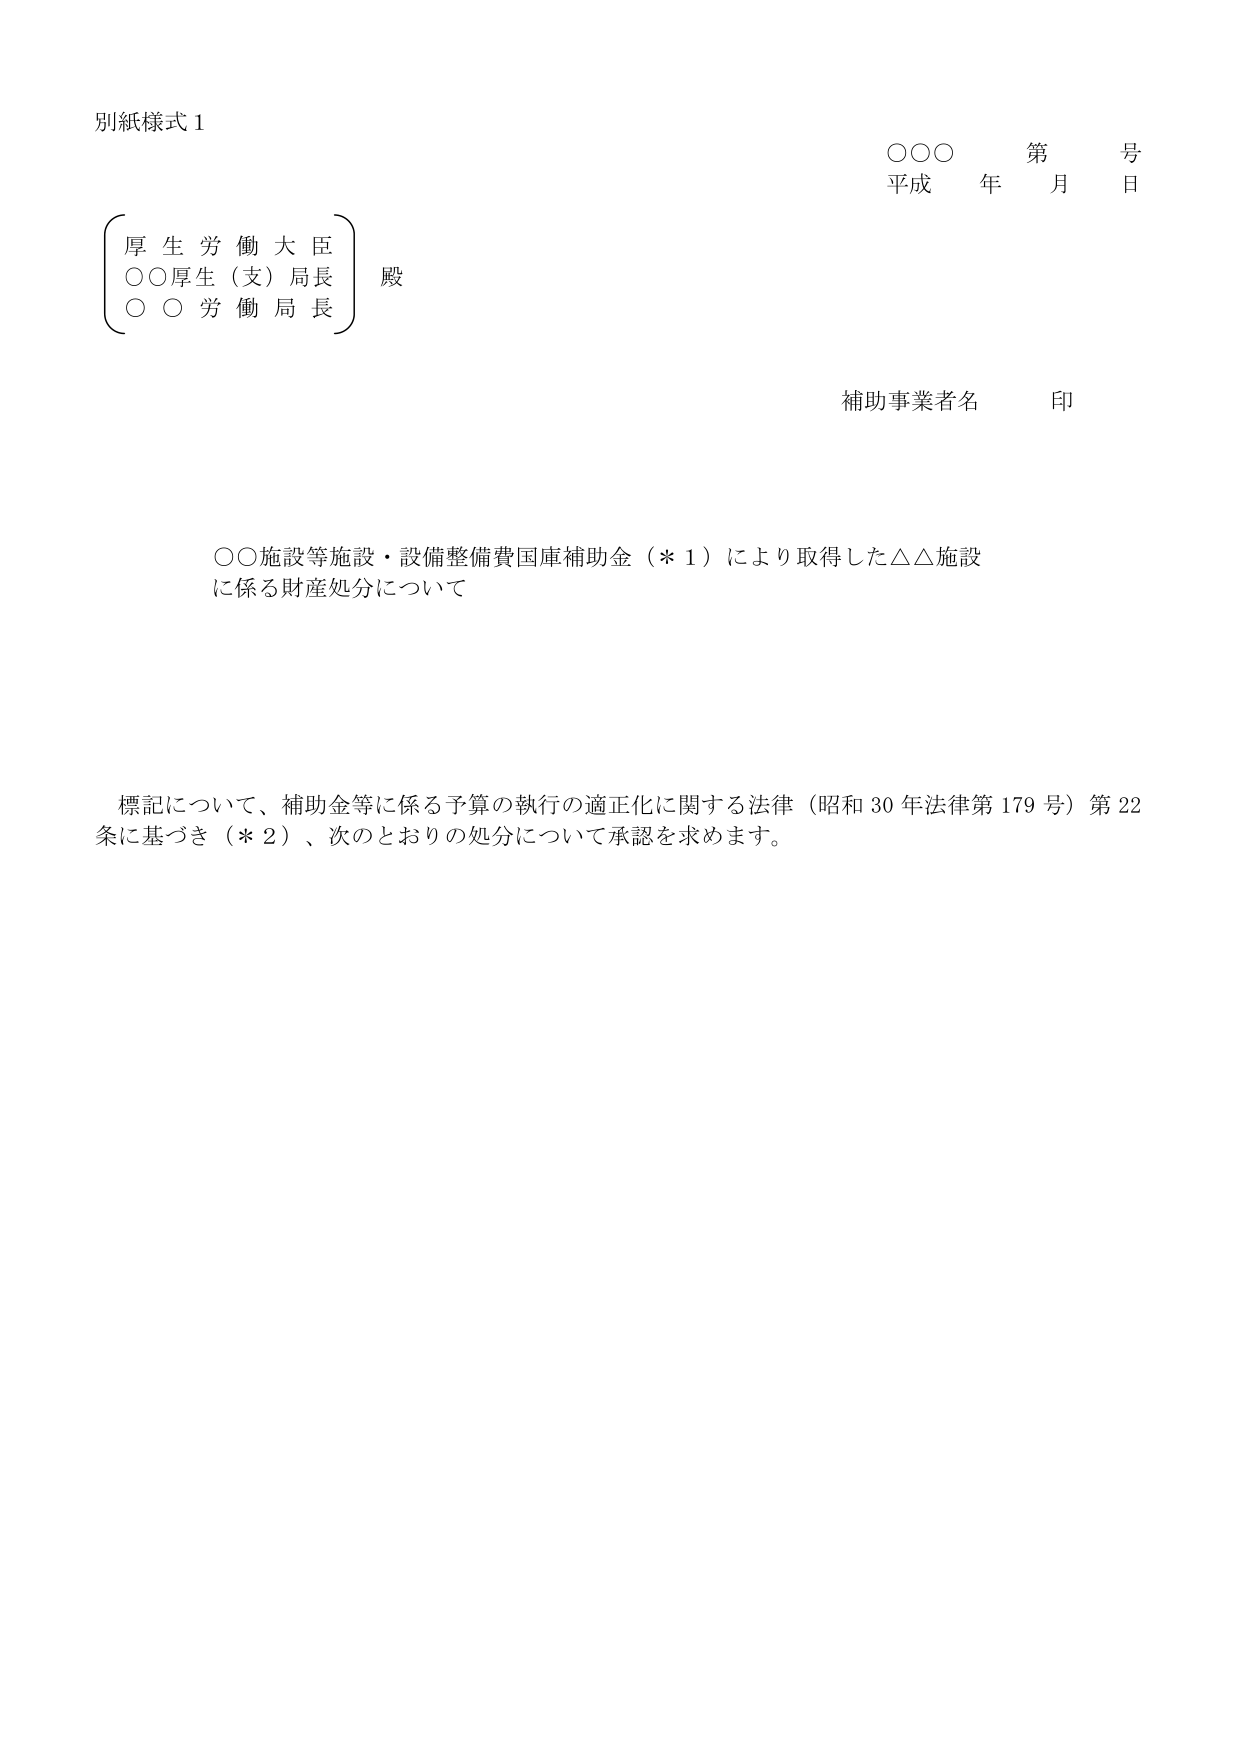
別紙様式１

○○○　第　号
平成　年　月　日

（厚生労働大臣）
○○厚生（支）局長　殿
○○労働局長

補助事業者名　印

○○施設等施設・設備整備費国庫補助金（＊１）により取得した△△施設
に係る財産処分について

標記について、補助金等に係る予算の執行の適正化に関する法律（昭和30年法律第179号）第22
条に基づき（＊２）、次のとおりの処分について承認を求めます。